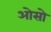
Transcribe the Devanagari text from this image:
ओसो